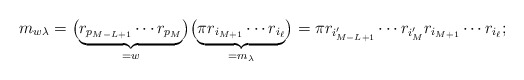
\begin{align*} m_{w\lambda} = \bigl( \underbrace{ r_{p_{M-L+1}} \cdots r_{p_M} }_{=w} \bigr) \bigl( \underbrace{ \pi r_{i_{M+1}} \cdots r_{i_{\ell}} }_{=m_{\lambda}} \bigr) = \pi r_{i_{M-L+1}'} \cdots r_{i_{M}'} r_{i_{M+1}} \cdots r_{i_{\ell}}; \end{align*}